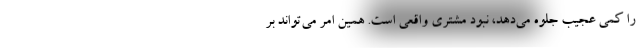
را کمی عجیب جلوه می‌دهد، نبود مشتری واقعی است. همین امر می‌تواند بر